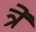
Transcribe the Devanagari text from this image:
त्रें